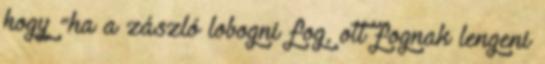
hogy “ha a zászló lobogni fog, ott fognak lengeni